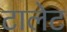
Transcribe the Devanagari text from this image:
टालेट